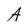
Character: A